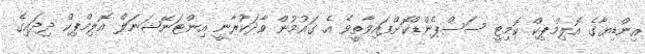
އިންޑިޔާގެ އޮލިމްޕިކް ކޮމިޓީ ސަސްޕެންޑްކޮށްފައިވާތީވެ އެ ގައުމުން ވާދަކުރާނީ އިންޓަނޭޝަނަލް އޮލިމްޕިކް ދިދައިގެ